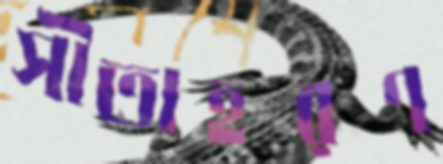
সীতাহরণ